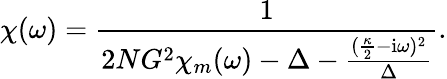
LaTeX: \chi(\omega)=\frac{1}{2NG^{2}\chi_{m}(\omega)-\Delta-\frac{(\frac{\kappa}{2}-\mathrm{i}\omega)^{2}}{\Delta}}.